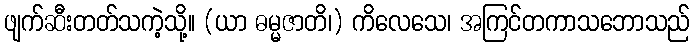
ဖျက်ဆီးတတ်သကဲ့သို့။ (ယာ ဓမ္မဇာတိ၊) ကိလေသေ၊ အကြင်တကာသဘောသည်